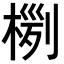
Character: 𣖊